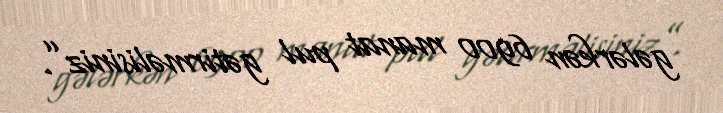
gələrkən 6900 manat pul gətirməlisiniz”.